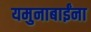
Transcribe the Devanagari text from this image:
यमुनाबाईंना